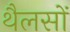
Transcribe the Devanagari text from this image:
थैलसों